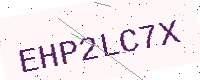
Text: EHP2LC7X